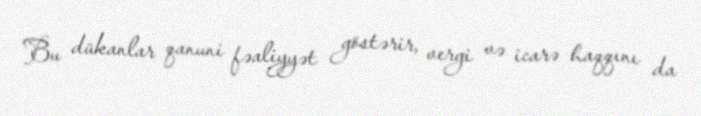
Bu dükanlar qanuni fəaliyyət göstərir, vergi və icarə haqqını da